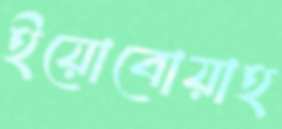
ইয়োবোয়াহ